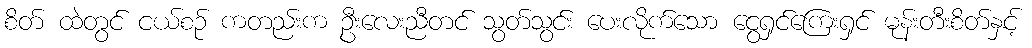
စိတ် ထဲတွင် ငယ်စဉ် ကတည်းက ဦးလေးညီတင် သွတ်သွင်း ပေးလိုက်သော ငွေရှင်ကြေးရှင် မုန်းတီးစိတ်နှင့်